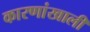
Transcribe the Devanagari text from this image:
कारणांखाली